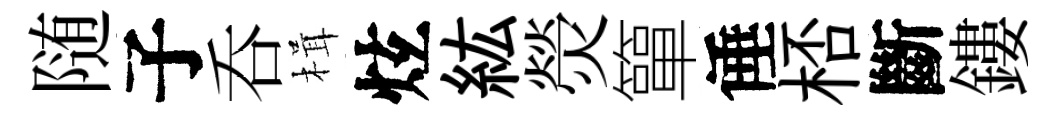
随子呑楫炫紘熒簞倕桮斷鏤